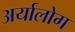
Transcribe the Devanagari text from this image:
अर्यालोग